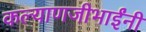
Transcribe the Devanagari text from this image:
कल्याणजीभाईंनी